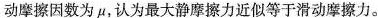
动摩擦因数为μ，认为最大静摩擦力近似等于滑动摩擦力。